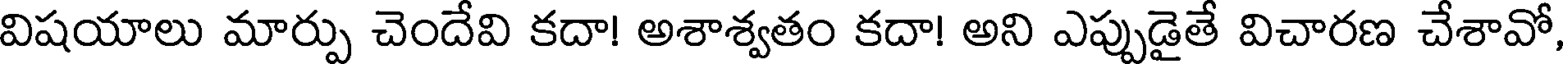
విషయాలు మార్పు చెందేవి కదా! అశాశ్వతం కదా! అని ఎప్పుడైతే విచారణ చేశావో